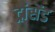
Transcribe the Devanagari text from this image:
ट्रांसेंड